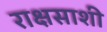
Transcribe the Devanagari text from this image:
राक्षसाशी